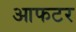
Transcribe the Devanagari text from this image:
आफटर